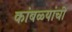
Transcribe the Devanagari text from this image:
कांबळ्यांची